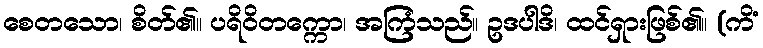
စေတသော၊ စိတ်၏။ ပရိဝိတက္ကော၊ အကြံသည်။ ဥဒပါဒိ၊ ထင်ရှားဖြစ်၏။ (ကိံ